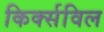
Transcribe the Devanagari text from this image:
किर्क्सविल